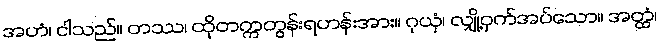
အဟံ၊ ငါသည်။ တဿ၊ ထိုတက္ကတွန်းရဟန်းအား။ ဂုယှံ၊ လျှို့ဝှက်အပ်သော။ အတ္ထံ၊